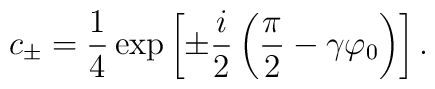
c_{\pm} = \frac 14 \exp \left[ \pm \frac{i}{2} \left( \frac{\pi}{2} - \gamma \varphi_0 \right) \right].